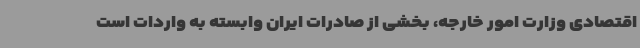
اقتصادی وزارت امور خارجه، بخشی از صادرات ایران وابسته به واردات است